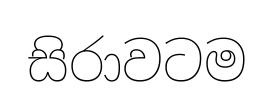
සිරාවටම